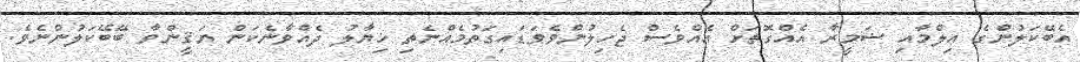
އެބޭކަލުންގެ ޢިލްމާއި ޟަމީރާ އެއްގޮތަށް އެއްވެސް ޖެހިލުންވެވަޑައިގަތުމެއްނެތި ޚިޔާލު ދެއްވާނެކަން ޔަޤީންވާ ބޭބޭކަލުންނެވެ.